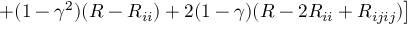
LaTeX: \left. + ( 1 - \gamma ^ { 2 } ) ( R - R _ { i i } ) + 2 ( 1 - \gamma ) ( R - 2 R _ { i i } + R _ { i j i j } ) \right] ~ ~ ~